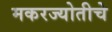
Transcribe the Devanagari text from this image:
मकरज्योतीचे